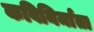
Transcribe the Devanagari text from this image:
कविनिर्माता